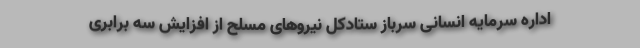
اداره سرمایه انسانی سرباز ستادکل نیروهای مسلح از افزایش سه برابری